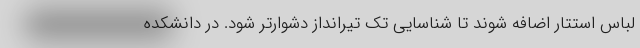
لباس استتار اضافه شوند تا شناسایی تک تیرانداز دشوارتر شود. در دانشکده